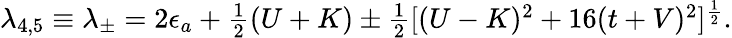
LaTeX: \begin{array}{r}{\lambda_{4,5}\equiv\lambda_{\pm}=2\epsilon_{a}+\frac{1}{2}(U+K)\pm\frac{1}{2}[(U-K)^{2}+16(t+V)^{2}]^{\frac{1}{2}}.}\end{array}